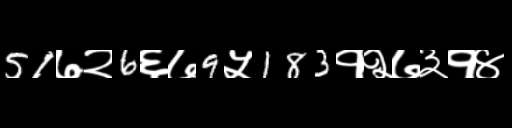
Text: 51७२6६७9५183१२७३१४